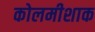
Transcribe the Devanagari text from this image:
कोलमीशाक